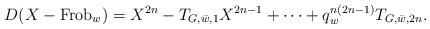
LaTeX: \begin{align*}D(X-\mathrm{Frob}_{w}) = X^{2n} - T_{G, \bar{w}, 1}X^{2n-1}+\dots +q^{n(2n-1)}_w T_{G,\bar{w},2n}.\end{align*}